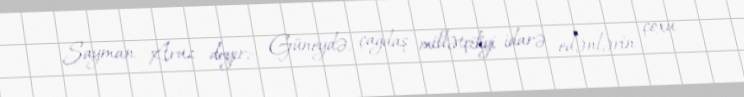
Sayman Aruz deyir:- Güneydə, çağdaş millətçiliyi idarə edənlərin çoxu